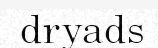
dryads